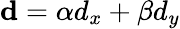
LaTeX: \mathbf{d}=\alpha d_{x}+\beta d_{y}